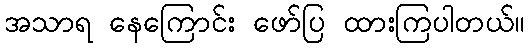
အသာရ နေကြောင်း ဖော်ပြ ထားကြပါတယ်။